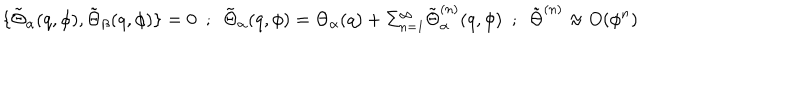
\{ \tilde { \Theta } _ { \alpha } ( q , \phi ) , \tilde { \Theta } _ { \beta } ( q , \phi ) \} = 0 ~ ~ ; ~ ~ \tilde { \Theta } _ { \alpha } ( q , \phi ) = \Theta _ { \alpha } ( q ) + \Sigma _ { n = 1 } ^ { \infty } \tilde { \Theta } _ { \alpha } ^ { ( n ) } ( q , \phi ) ~ ~ ; ~ ~ \tilde { \Theta } ^ { ( n ) } \approx O ( \phi ^ { n } )